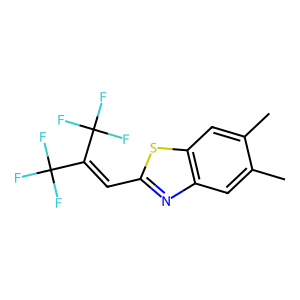
SMILES: Cc1cc2nc(C=C(C(F)(F)F)C(F)(F)F)sc2cc1C
Inhibits HIV replication: No